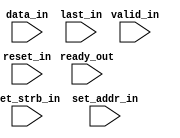
module channelizer_512_implementation_interface_out (
  input valid_in,
  input [32-1:0] data_in,
  input last_in,
  input [1-1:0] reset_in,
  input [1-1:0] set_strb_in,
  input [8-1:0] set_addr_in,
  input [1-1:0] ready_out
);
  wire ifft_fast_fourier_transform_8_1_m_axis_data_tvalid_net;
  wire [32-1:0] concat_y_net;
  wire axi_fifo_m_axis_tlast_net;
  wire [1-1:0] logical_y_net;
  wire [1-1:0] set_stb_in_net;
  wire [8-1:0] set_addr_in_net;
  wire [1-1:0] ready_out_net;
  assign ifft_fast_fourier_transform_8_1_m_axis_data_tvalid_net = valid_in;
  assign concat_y_net = data_in;
  assign axi_fifo_m_axis_tlast_net = last_in;
  assign logical_y_net = reset_in;
  assign set_stb_in_net = set_strb_in;
  assign set_addr_in_net = set_addr_in;
  assign ready_out_net = ready_out;
endmodule